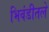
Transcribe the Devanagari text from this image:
भिवंडीतले